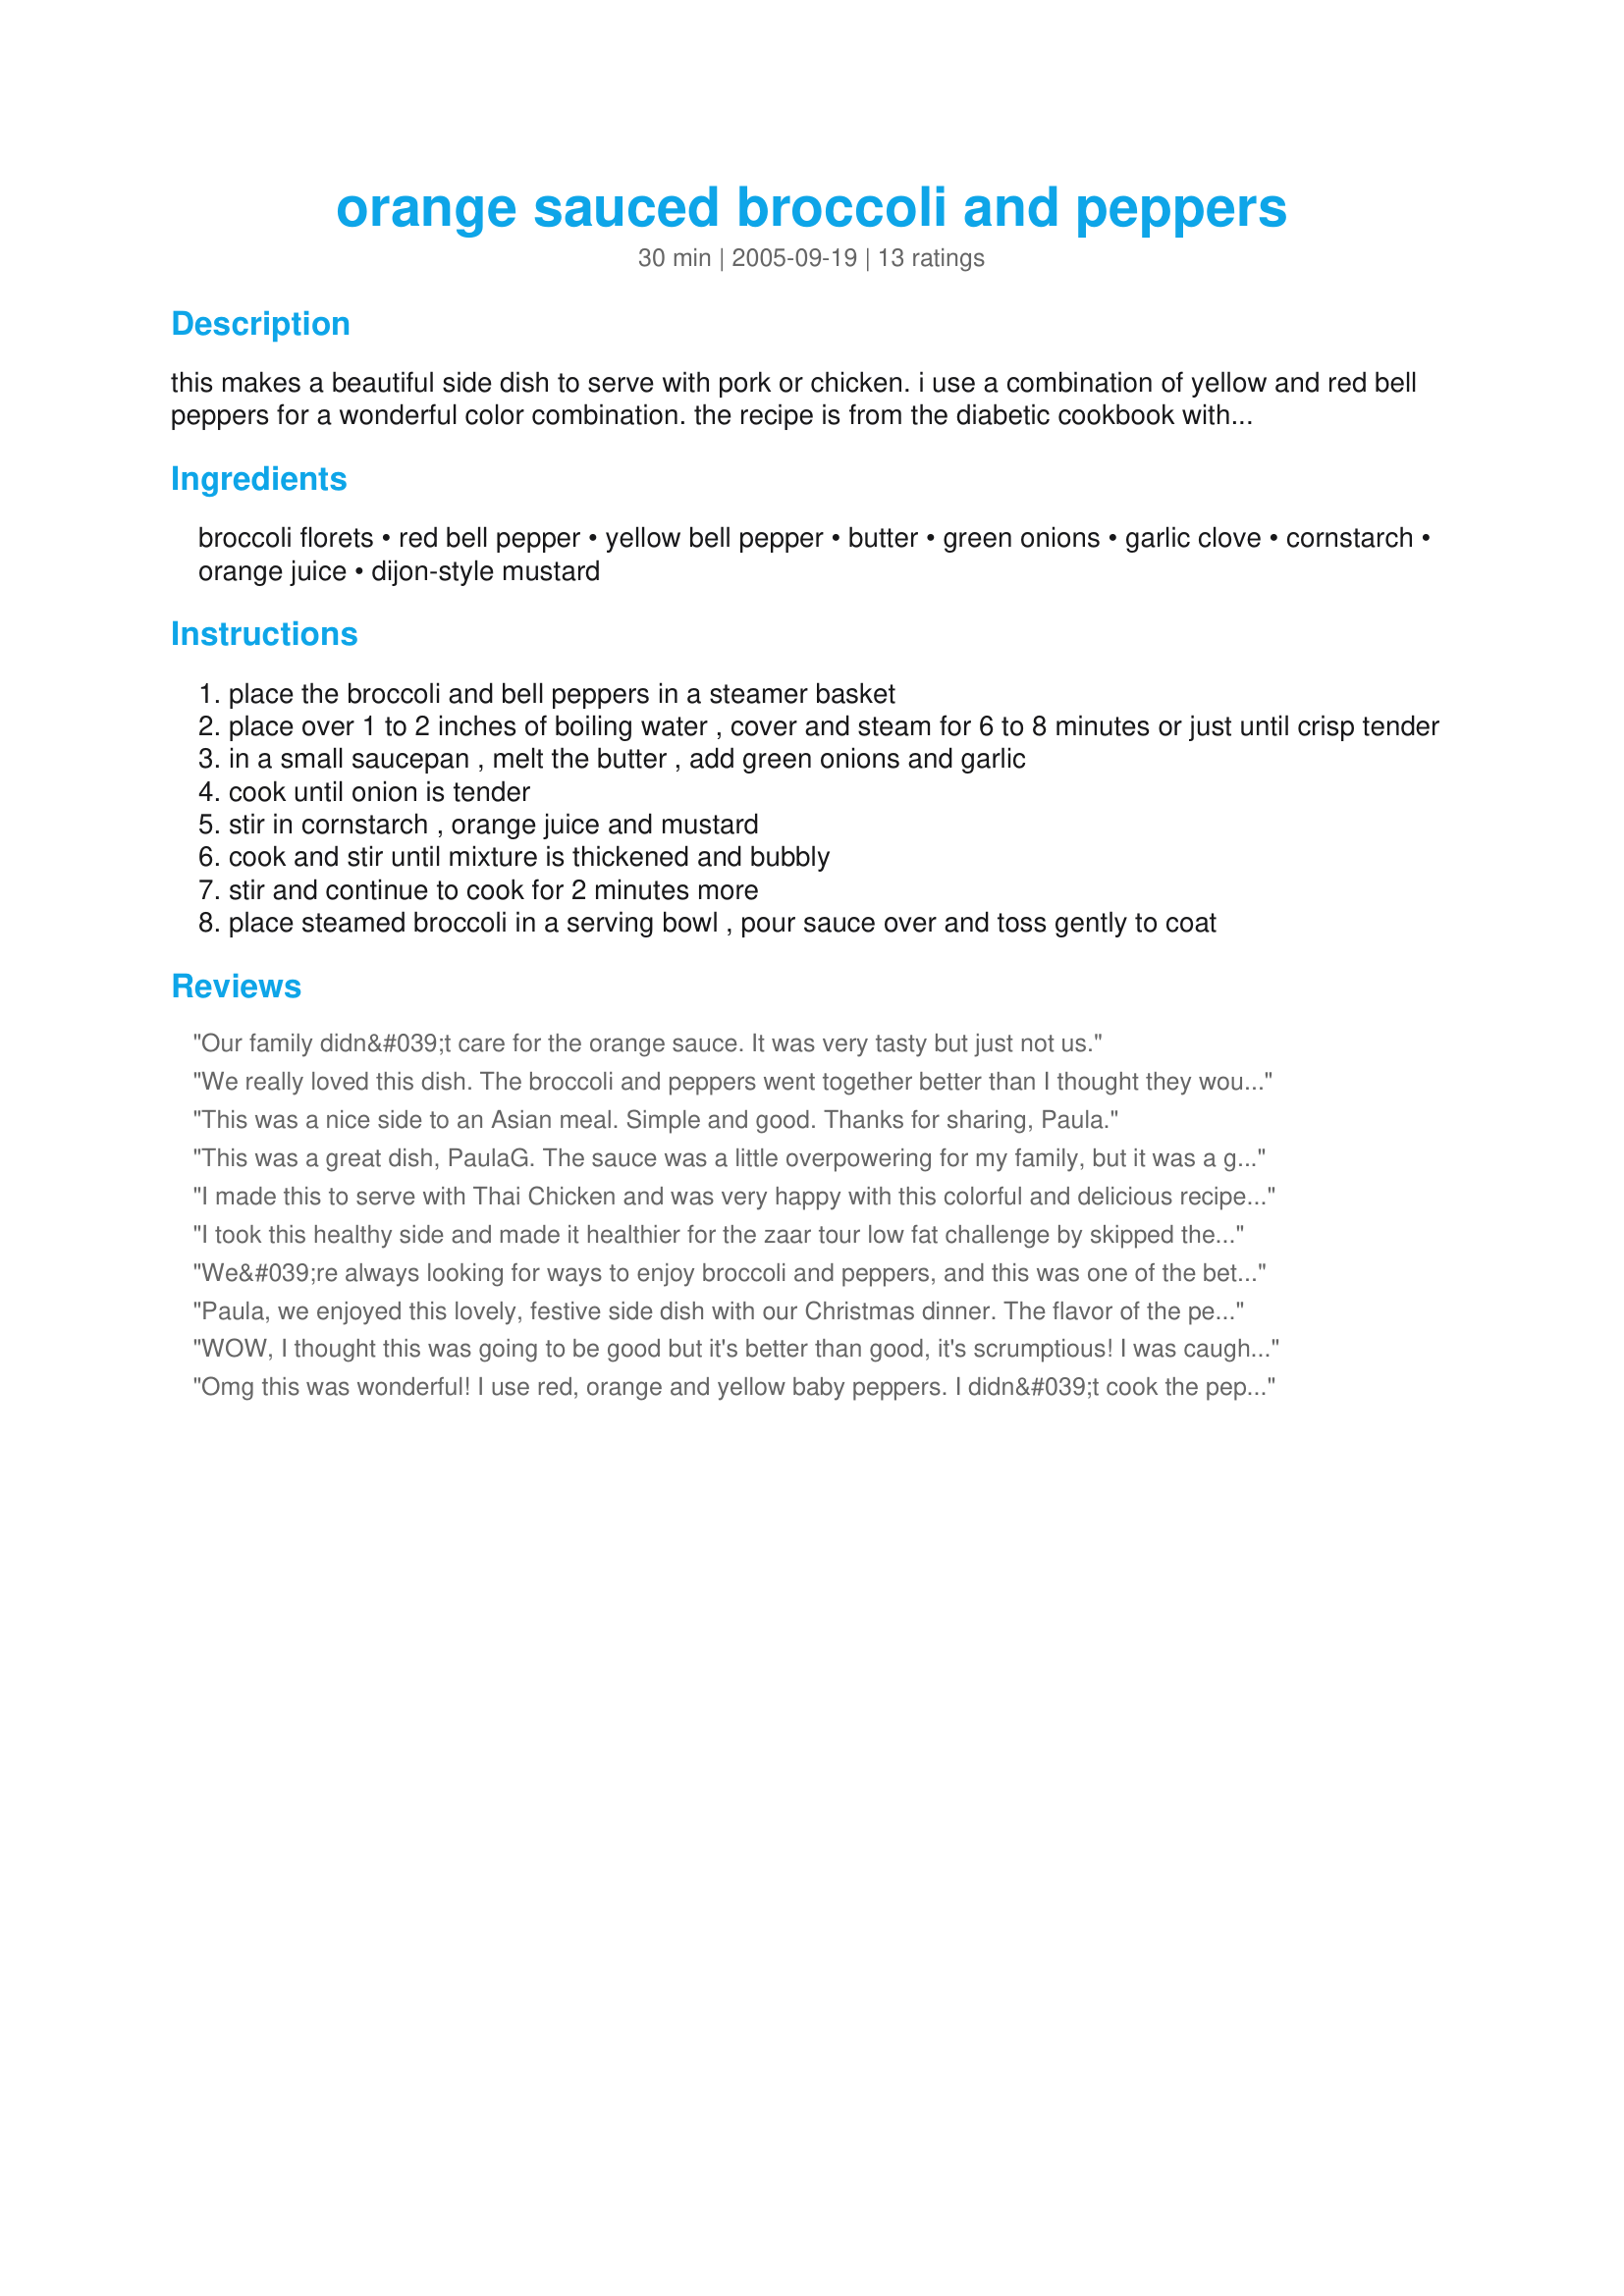
orange sauced broccoli and peppers
Preparation time: 30 minutes

this makes a beautiful side dish to serve with pork or chicken. i use a combination of yellow and red bell peppers for a wonderful color combination. the recipe is from the diabetic cookbook with some minor changes.

Ingredients:
broccoli florets, red bell pepper, yellow bell pepper, butter, green onions, garlic clove, cornstarch, orange juice, dijon-style mustard

Steps:
place the broccoli and bell peppers in a steamer basket
place over 1 to 2 inches of boiling water , cover and steam for 6 to 8 minutes or just until crisp tender
in a small saucepan , melt the butter , add green onions and garlic
cook until onion is tender
stir in cornstarch , orange juice and mustard
cook and stir until mixture is thickened and bubbly
stir and continue to cook for 2 minutes more
place steamed broccoli in a serving bowl , pour sauce over and toss gently to coat

Reviews:
Our family didn&#039;t care for the orange sauce. It was very tasty but just not us.
We really loved this dish. The broccoli and peppers went together better than I thought they would, even DD6 ate it. DS2 loves broccoli, so this was devoured! DH liked that the sauce, while not a creamy sauce, still clung to the broccoli and gave it the good orangey flavor. Thank you for posting, made for ZWT4.
This was a nice side to an Asian meal. Simple and good. Thanks for sharing, Paula.
This was a great dish, PaulaG. The sauce was a little overpowering for my family, but it was a great side dish for our beef dinner. Made for ZWT #9 SE Asia.
I made this to serve with Thai Chicken and was very happy with this colorful and delicious recipe! I loved the fact it was steamed instead of stir fried. Made for ZWT4.
I took this healthy side and made it healthier for the zaar tour low fat challenge by skipped the fat completely. I stir fried the veggies in a touch of water. I did use 1 orange bell pepper (complementing the orange flavored) I didn`t miss any fat for the mustard and orange flavors were strong. And the cornstarch added to the creaminess that the butter would have gave. No guilt here just crunchy flavorful veggies.
We&#039;re always looking for ways to enjoy broccoli and peppers, and this was one of the better recipes my family has had. The sauce is what stood out, but we felt there wasn&#039;t enough of it.
Paula, we enjoyed this lovely, festive side dish with our Christmas dinner. The flavor of the peppers wzx excellent with the stronger tasting broccoli. The orange sauce was pleasing and refreshing, and a perfect complement to all veggies. 
I can recommend this recipe with the 5 stars it deserves. Thanks for sharing!
WOW, I thought this was going to be good but it's better than good, it's scrumptious! I was caught with a phone call while making this and ended up with overcooked veggies but the flavor was all there. Thought that the mustard was a wild card but it works very well and somehow tied everything together. I can sum it up in one word: Outstanding!
Omg this was wonderful! I use red, orange and yellow baby peppers. I didn&#039;t cook the peppers as long as the broccoli because I didn&#039;t want them to be too soft but otherwise made this delicious dish as directed. Made for ZWT9 Soup A Stars
This was an excellent veggie side to our Sunday roast lamb. I loved the combo of broccoli and peppers. The orange juice added just the right touch of fragrant citrus. This would be great for a holiday meal.
Delicious, healthy way to prepare broccoli! I was a little worried that the dijon would be overpowering, but the amount was perfect. Thanks for posting!
We love food like this-delicious, attractive, healthy, and easy. Thank you Paula for a keeper.
